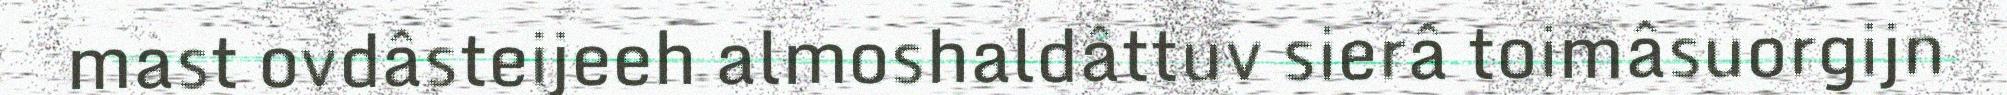
mast ovdâsteijeeh almoshaldâttuv sierâ toimâsuorgijn